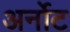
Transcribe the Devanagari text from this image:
अर्नोट